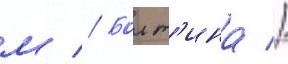
м // Болт'ина //